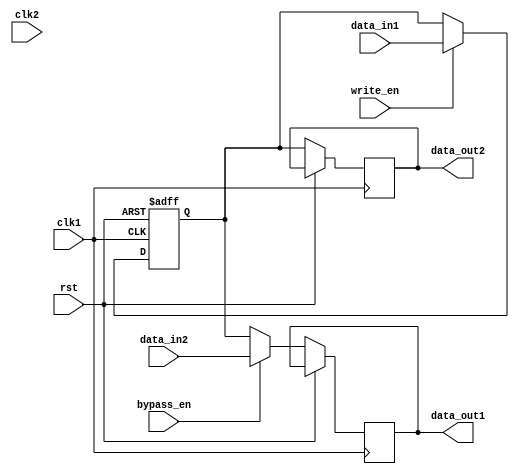
module dual_port_bypass_register (
    input wire clk1,
    input wire clk2,
    input wire rst,
    input wire bypass_en,
    input wire [DATA_WIDTH-1:0] data_in1,
    input wire [DATA_WIDTH-1:0] data_in2,
    input wire write_en,
    output reg [DATA_WIDTH-1:0] data_out1,
    output reg [DATA_WIDTH-1:0] data_out2
);

parameter DATA_WIDTH = 8;
reg [DATA_WIDTH-1:0] register;

always @(posedge clk1 or posedge rst) begin
    if (rst) begin
        register <= 0;
    end else begin
        if (write_en) begin
            register <= data_in1;
        end
        if (bypass_en) begin
            data_out1 <= data_in2;
            data_out2 <= register;
        end else begin
            data_out1 <= register;
            data_out2 <= register;
        end
    end
end

endmodule